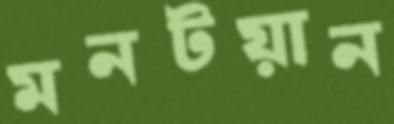
মনটয়ান